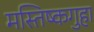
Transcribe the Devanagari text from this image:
मस्तिष्कगुहा